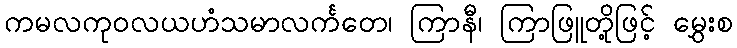
ကမလကုဝလယဟံသမာလင်္ကတေ၊ ကြာနီ၊ ကြာဖြူတို့ဖြင့် မွှေးစ